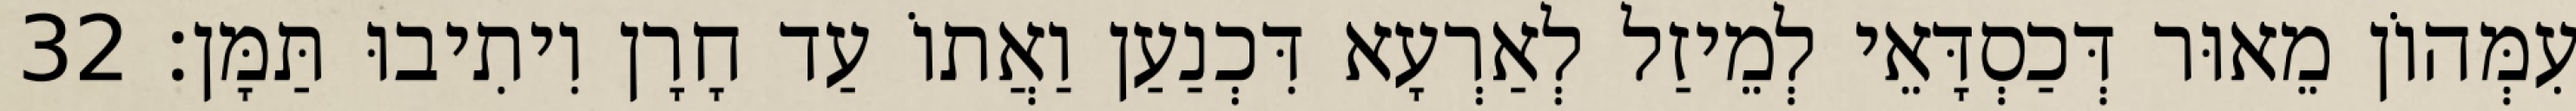
עִמְּהוֹן מֵאוּר דְּכַסְדָּאֵי לְמֵיזַל לְאַרְעָא דִּכְנַעַן וַאֲתוֹ עַד חָרָן וִיתִיבוּ תַּמָּן׃ 32